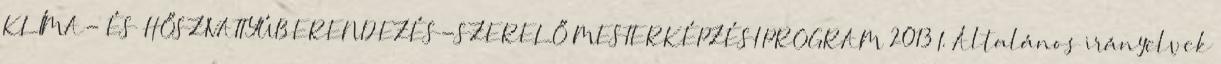
KLÍMA- ÉS HŐSZIVATTYÚBERENDEZÉS-SZERELŐ MESTERKÉPZÉSI PROGRAM 2013 I. Általános irányelvek